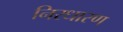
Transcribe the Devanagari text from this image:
निरधारण